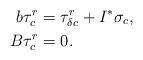
LaTeX: \begin{align*}b\tau^r_c&=\tau^r_{\delta c}+I^*\sigma_{c},\\B\tau^r_c&=0.\end{align*}